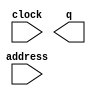
// megafunction wizard: %ROM: 1-PORT%VBB%
// GENERATION: STANDARD
// VERSION: WM1.0
// MODULE: altsyncram 

// ============================================================
// Megafunction Name(s):
// 			altsyncram
//
// Simulation Library Files(s):
// 			
// ============================================================
// ************************************************************
// THIS IS A WIZARD-GENERATED FILE. DO NOT EDIT THIS FILE!
//
// 11.0 Build 157 04/27/2011 SJ Web Edition
// ************************************************************

//Copyright (C) 1991-2011 Altera Corporation
//Your use of Altera Corporation's design tools, logic functions 
//and other software and tools, and its AMPP partner logic 
//functions, and any output files from any of the foregoing 
//(including device programming or simulation files), and any 
//associated documentation or information are expressly subject 
//to the terms and conditions of the Altera Program License 
//Subscription Agreement, Altera MegaCore Function License 
//Agreement, or other applicable license agreement, including, 
//without limitation, that your use is for the sole purpose of 
//programming logic devices manufactured by Altera and sold by 
//Altera or its authorized distributors.  Please refer to the 
//applicable agreement for further details.

module rom4K (
	address,
	clock,
	q);

	input	[11:0]  address;
	input	  clock;
	output	[7:0]  q;
`ifndef ALTERA_RESERVED_QIS
// synopsys translate_off
`endif
	tri1	  clock;
`ifndef ALTERA_RESERVED_QIS
// synopsys translate_on
`endif

endmodule

// ============================================================
// CNX file retrieval info
// ============================================================
// Retrieval info: PRIVATE: ADDRESSSTALL_A NUMERIC "0"
// Retrieval info: PRIVATE: AclrAddr NUMERIC "0"
// Retrieval info: PRIVATE: AclrByte NUMERIC "0"
// Retrieval info: PRIVATE: AclrOutput NUMERIC "0"
// Retrieval info: PRIVATE: BYTE_ENABLE NUMERIC "0"
// Retrieval info: PRIVATE: BYTE_SIZE NUMERIC "8"
// Retrieval info: PRIVATE: BlankMemory NUMERIC "0"
// Retrieval info: PRIVATE: CLOCK_ENABLE_INPUT_A NUMERIC "0"
// Retrieval info: PRIVATE: CLOCK_ENABLE_OUTPUT_A NUMERIC "0"
// Retrieval info: PRIVATE: Clken NUMERIC "0"
// Retrieval info: PRIVATE: IMPLEMENT_IN_LES NUMERIC "0"
// Retrieval info: PRIVATE: INIT_FILE_LAYOUT STRING "PORT_A"
// Retrieval info: PRIVATE: INIT_TO_SIM_X NUMERIC "0"
// Retrieval info: PRIVATE: INTENDED_DEVICE_FAMILY STRING "Cyclone II"
// Retrieval info: PRIVATE: JTAG_ENABLED NUMERIC "0"
// Retrieval info: PRIVATE: JTAG_ID STRING "NONE"
// Retrieval info: PRIVATE: MAXIMUM_DEPTH NUMERIC "0"
// Retrieval info: PRIVATE: MIFfilename STRING "D:/Other Programs/Mini vMac/Disk330/Disk330.mif"
// Retrieval info: PRIVATE: NUMWORDS_A NUMERIC "4096"
// Retrieval info: PRIVATE: RAM_BLOCK_TYPE NUMERIC "0"
// Retrieval info: PRIVATE: RegAddr NUMERIC "1"
// Retrieval info: PRIVATE: RegOutput NUMERIC "0"
// Retrieval info: PRIVATE: SYNTH_WRAPPER_GEN_POSTFIX STRING "0"
// Retrieval info: PRIVATE: SingleClock NUMERIC "1"
// Retrieval info: PRIVATE: UseDQRAM NUMERIC "0"
// Retrieval info: PRIVATE: WidthAddr NUMERIC "12"
// Retrieval info: PRIVATE: WidthData NUMERIC "8"
// Retrieval info: PRIVATE: rden NUMERIC "0"
// Retrieval info: LIBRARY: altera_mf altera_mf.altera_mf_components.all
// Retrieval info: CONSTANT: CLOCK_ENABLE_INPUT_A STRING "BYPASS"
// Retrieval info: CONSTANT: CLOCK_ENABLE_OUTPUT_A STRING "BYPASS"
// Retrieval info: CONSTANT: INIT_FILE STRING "D:/Other Programs/Mini vMac/Disk330/Disk330.mif"
// Retrieval info: CONSTANT: INTENDED_DEVICE_FAMILY STRING "Cyclone II"
// Retrieval info: CONSTANT: LPM_HINT STRING "ENABLE_RUNTIME_MOD=NO"
// Retrieval info: CONSTANT: LPM_TYPE STRING "altsyncram"
// Retrieval info: CONSTANT: NUMWORDS_A NUMERIC "4096"
// Retrieval info: CONSTANT: OPERATION_MODE STRING "ROM"
// Retrieval info: CONSTANT: OUTDATA_ACLR_A STRING "NONE"
// Retrieval info: CONSTANT: OUTDATA_REG_A STRING "UNREGISTERED"
// Retrieval info: CONSTANT: WIDTHAD_A NUMERIC "12"
// Retrieval info: CONSTANT: WIDTH_A NUMERIC "8"
// Retrieval info: CONSTANT: WIDTH_BYTEENA_A NUMERIC "1"
// Retrieval info: USED_PORT: address 0 0 12 0 INPUT NODEFVAL "address[11..0]"
// Retrieval info: USED_PORT: clock 0 0 0 0 INPUT VCC "clock"
// Retrieval info: USED_PORT: q 0 0 8 0 OUTPUT NODEFVAL "q[7..0]"
// Retrieval info: CONNECT: @address_a 0 0 12 0 address 0 0 12 0
// Retrieval info: CONNECT: @clock0 0 0 0 0 clock 0 0 0 0
// Retrieval info: CONNECT: q 0 0 8 0 @q_a 0 0 8 0
// Retrieval info: GEN_FILE: TYPE_NORMAL rom4K.v TRUE
// Retrieval info: GEN_FILE: TYPE_NORMAL rom4K.inc FALSE
// Retrieval info: GEN_FILE: TYPE_NORMAL rom4K.cmp FALSE
// Retrieval info: GEN_FILE: TYPE_NORMAL rom4K.bsf FALSE
// Retrieval info: GEN_FILE: TYPE_NORMAL rom4K_inst.v FALSE
// Retrieval info: GEN_FILE: TYPE_NORMAL rom4K_bb.v TRUE